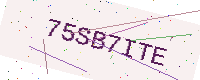
Text: 75SB7ITE